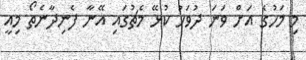
މި މަހުގެ އަށް ވަނަ ދުވަހު ކުޅޭ މެޗުގައި އޭނާ ފެނިދާނެތޯ މިއީ